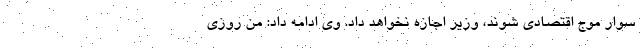
سوار موج اقتصادی شوند، وزیر اجازه نخواهد داد. وی ادامه داد: من روزی